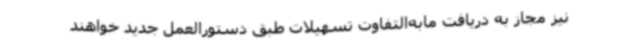
نیز مجاز به دریافت مابه‌التفاوت تسهیلات طبق دستورالعمل جدید خواهند